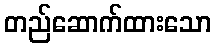
တည်ဆောက်ထားသော